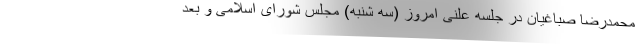
محمدرضا صباغیان در جلسه علنی امروز (سه شنبه) مجلس شورای اسلامی و بعد